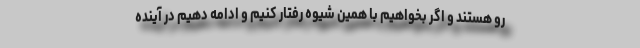
رو هستند و اگر بخواهیم با همین شیوه رفتار کنیم و ادامه دهیم در آینده